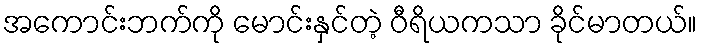
အကောင်းဘက်ကို မောင်းနှင်တဲ့ ဝီရိယကသာ ခိုင်မာတယ်။